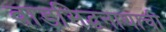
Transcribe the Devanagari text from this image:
वाडसिद्धनाथाची